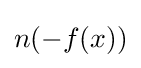
n(-f(x))